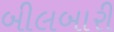
બીલબારી